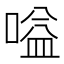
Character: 嗌